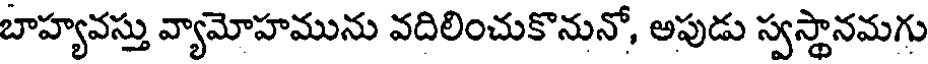
బాహ్యవస్తు వ్యామోహమును వదిలించుకొనునో, అపుడు స్వస్థానమగు